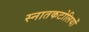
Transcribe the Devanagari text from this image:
स्नातकटोलियों